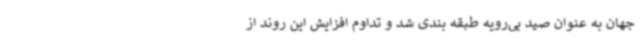
جهان به عنوان صید بی‌رویه طبقه بندی شد و تداوم افزایش این روند از